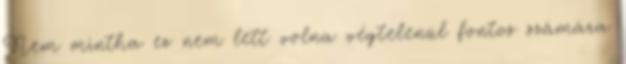
Nem mintha ez nem lett volna végtelenül fontos számára